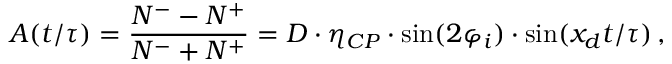
A ( t / \tau ) = \frac { N ^ { - } - N ^ { + } } { N ^ { - } + N ^ { + } } = D \cdot \eta _ { C P } \cdot \sin ( 2 \varphi _ { i } ) \cdot \sin ( x _ { d } t / \tau ) \, ,